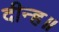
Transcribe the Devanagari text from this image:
दीन्ह॥